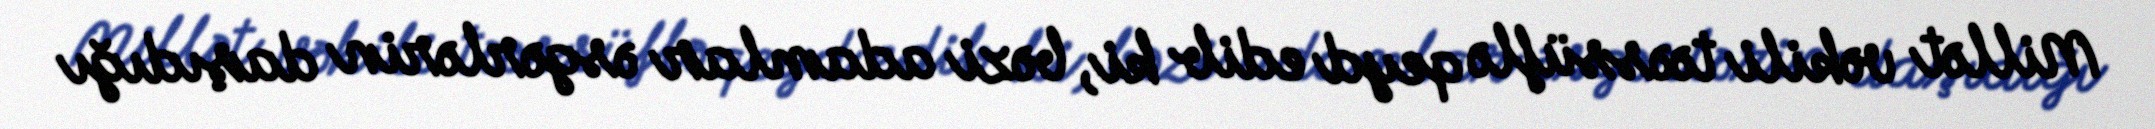
Millət vəkili təəssüflə qeyd edib ki, bəzi adamlar əsgərlərin daşıdığı